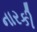
નારકી